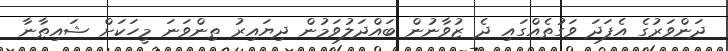
ދަންވަރުގެ އެފަދަ ވަގުތެއްގައި ދެ ޒުވާނުން ބައްދަލުވަމުން ދިޔައިރު ތިންވަނަ މީހަކަށް ޝައިޠާނާ